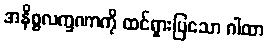
အနိစ္စလက္ခဏာကို ထင်ရှားပြသော ဂါထာ